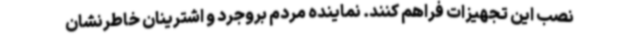
نصب این تجهیزات فراهم کنند. نماینده مردم بروجرد و اشترینان خاطرنشان